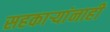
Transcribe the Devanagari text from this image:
सहकार्‍यांनाही